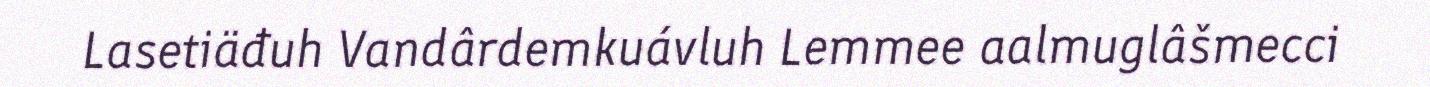
Lasetiäđuh Vandârdemkuávluh Lemmee aalmuglâšmecci